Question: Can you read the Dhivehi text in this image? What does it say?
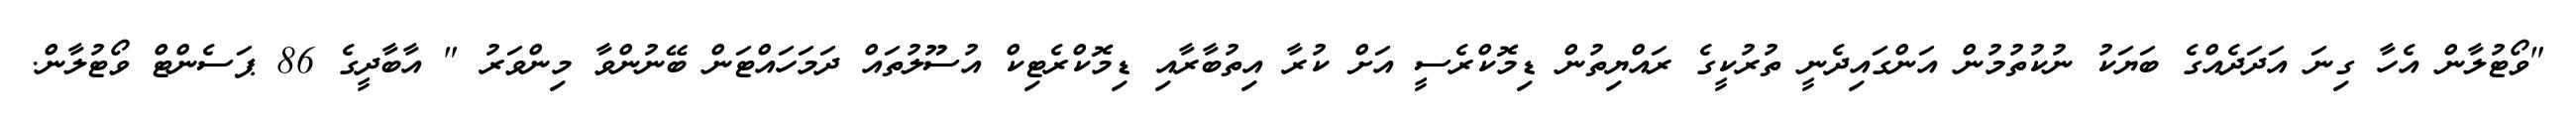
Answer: "ވޯޓުލާން އެހާ ގިނަ އަދަދެއްގެ ބަޔަކު ނުކުތުމުން އަންގައިދެނީ ތުރުކީގެ ރައްޔިތުން ޑިމޮކްރެސީ އަށް ކުރާ އިތުބާރާއި ޑިމޮކްރެޓިކް އުސޫލުތައް ދަމަހައްޓަން ބޭނުންވާ މިންވަރު " އާބާދީގެ 86 ޕަސެންޓް ވޯޓުލާން.